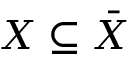
X \subseteq { \bar { X } }